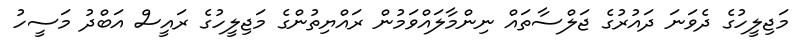
މަޖިލީހުގެ ދެވަނަ ދައުރުގެ ޖަލްސާތައް ނިންމާލައްވަމުން ރައްޔިތުންގެ މަޖިލީހުގެ ރައީސް އަބްދު މަސީހު